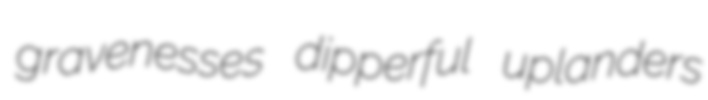
gravenesses dipperful uplanders